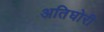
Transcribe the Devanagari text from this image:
अतिघोरी